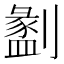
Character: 𠠂